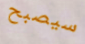
سيصبح